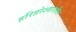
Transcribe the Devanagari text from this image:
हरिहरेश्वरातील